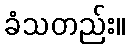
ခံသတည်း။